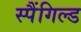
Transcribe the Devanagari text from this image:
स्पैंगिल्ड